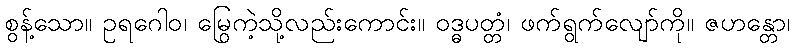
စွန့်သော။ ဥရဂေါဝ၊ မြွေကဲ့သို့လည်းကောင်း။ ဝဒ္ဓပတ္တံ၊ ဖက်ရွက်လျော်ကို။ ဇဟန္တော၊